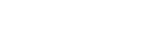
မာတာပိတရော